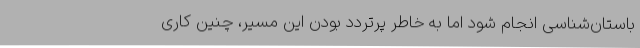
باستان‌شناسی انجام شود اما به خاطر پرتردد بودن این مسیر، چنین کاری